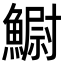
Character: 䲁